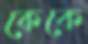
কেকে